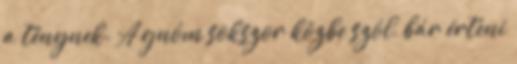
a ténynek. A gnóm sokszor közbe szól, bár érteni